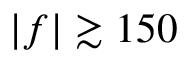
| f | \gtrsim 1 5 0